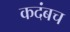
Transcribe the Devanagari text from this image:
कदंबच